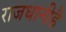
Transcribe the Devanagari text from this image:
राजधानीहै